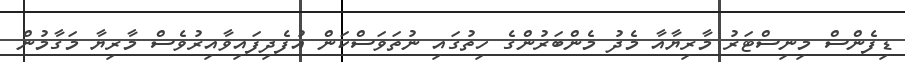
ޑިފެންސް މިނިސްޓަރު މާރިޔާއާ މެދު މެންބަރުންގެ ހިތުގައި ނުތަވަސްކަން އުފެދިފައިވާއިރުވެސް މާރިޔާ މަގާމުން